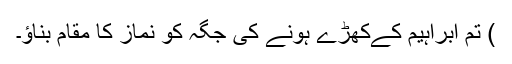
) تم ابراہیم کےکھڑے ہونے کی جگہ کو نماز کا مقام بناؤ۔